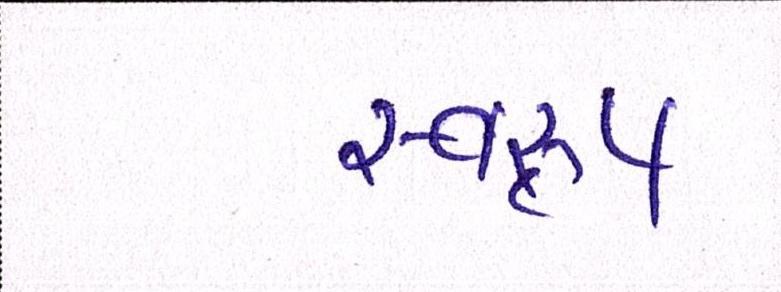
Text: સ્વરૃપ